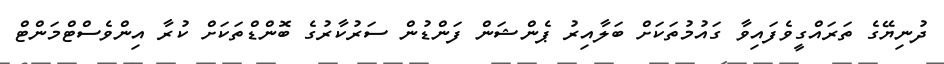
ދުނިޔޭގެ ތަރައްގީވެފައިވާ ގައުމުތަކަށް ބަލާއިރު ޕެންޝަން ފަންޑުން ސަރުކާރުގެ ބޮންޑްތަކަށް ކުރާ އިންވެސްޓްމަންޓް